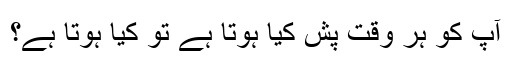
آپ کو ہر وقت پش کیا ہوتا ہے تو کیا ہوتا ہے؟